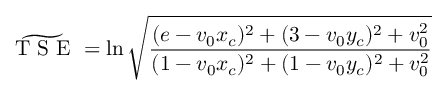
\widetilde { \mathrm { ~ T ~ S ~ E ~ } } = \ln \sqrt { \frac { ( e - v _ { 0 } x _ { c } ) ^ { 2 } + ( 3 - v _ { 0 } y _ { c } ) ^ { 2 } + v _ { 0 } ^ { 2 } } { ( 1 - v _ { 0 } x _ { c } ) ^ { 2 } + ( 1 - v _ { 0 } y _ { c } ) ^ { 2 } + v _ { 0 } ^ { 2 } } }